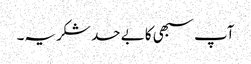
آپ سبھی کا بے حد شکریہ۔